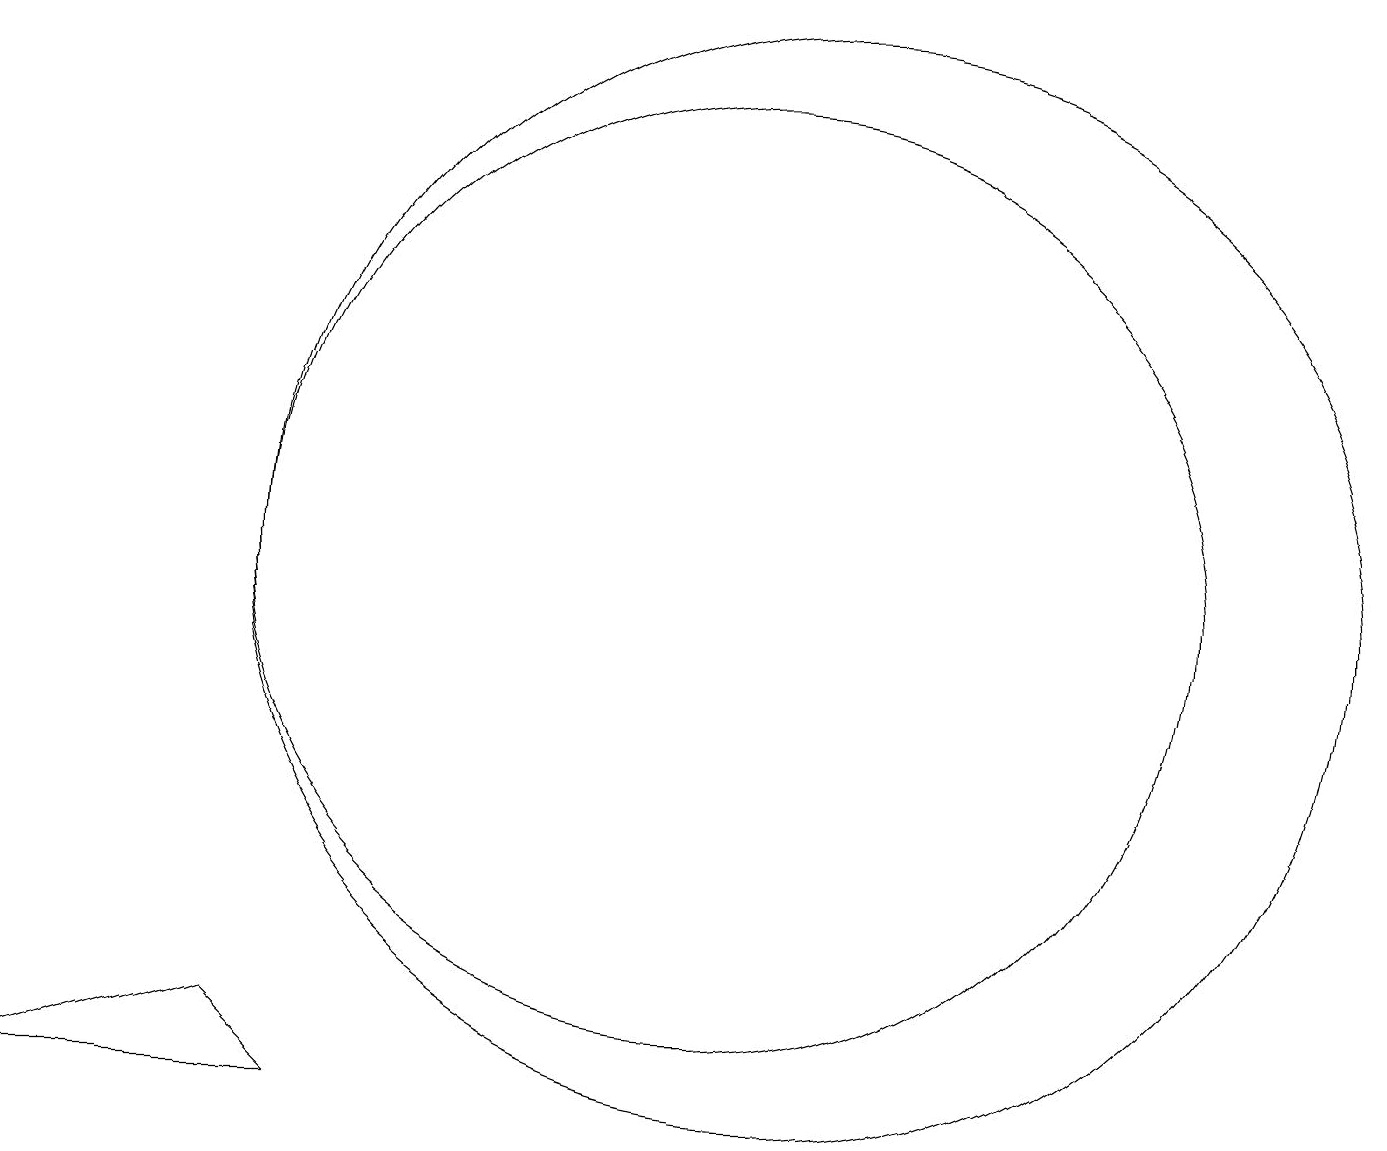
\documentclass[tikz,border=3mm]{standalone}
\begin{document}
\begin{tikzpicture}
\draw (11,10) circle (7);
\draw (10,10) circle (6);
\draw (1,3) -- (5,3) -- (4,4) -- cycle;
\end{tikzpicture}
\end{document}